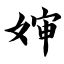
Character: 婶